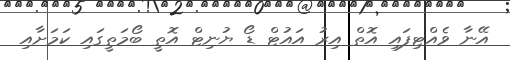
އޭނާ ވެއްޓިފައި އޮތް އިރު އައުޓް ޑޯ ޔުނިޓް އޮތީ ބޯމަތީގައި ކަމަށާއި